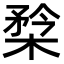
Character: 㮗